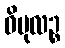
ဝိပုလဉ္စ